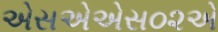
એસએએસ૦૨એ